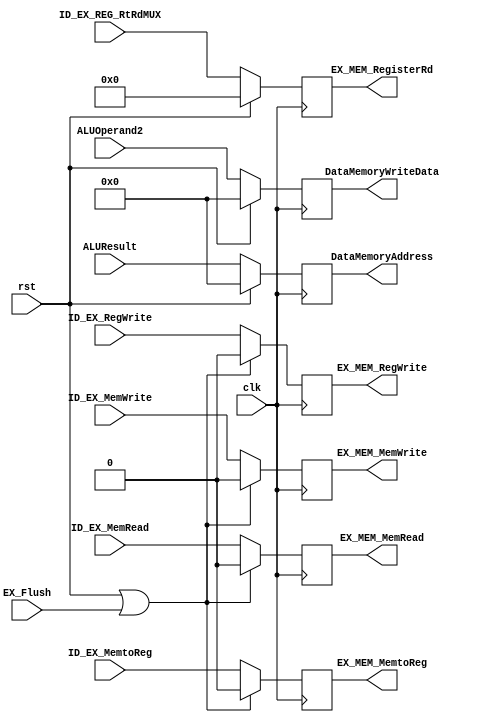
module EX_MEM_REG (
    input clk, rst, EX_Flush,
    input [31:0] ALUResult, ALUOperand2,
    input [4:0] ID_EX_REG_RtRdMUX,

    // WB
    input ID_EX_RegWrite, ID_EX_MemtoReg,
    output reg EX_MEM_MemtoReg, EX_MEM_RegWrite,

    // M
    input ID_EX_MemRead, ID_EX_MemWrite,
    output reg EX_MEM_MemRead, EX_MEM_MemWrite,

    output reg [31:0] DataMemoryAddress, DataMemoryWriteData,
    output reg [4:0] EX_MEM_RegisterRd // => EX_MEM_RegisterRtRdMUX
);
    always @(posedge clk) begin
        if (rst | EX_Flush) begin
            // WB
                EX_MEM_RegWrite <= 0;
                EX_MEM_MemtoReg <= 0;

            // M 
                EX_MEM_MemRead  <= 0;
                EX_MEM_MemWrite <= 0;
        end
        else begin
            // WB
                EX_MEM_RegWrite <= ID_EX_RegWrite;
                EX_MEM_MemtoReg <= ID_EX_MemtoReg;
            // M 
                EX_MEM_MemRead <= ID_EX_MemRead;
                EX_MEM_MemWrite <= ID_EX_MemWrite;
        end
    end
    always @(posedge clk) begin
        if (rst) begin
            DataMemoryAddress   <= 0;
            DataMemoryWriteData <= 0;
            EX_MEM_RegisterRd   <= 0;
        end 
        else begin
            DataMemoryAddress <= ALUResult;
            DataMemoryWriteData <= ALUOperand2;
            EX_MEM_RegisterRd <= ID_EX_REG_RtRdMUX;
        end
    end
endmodule